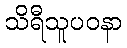
သိရီသူပဝနာ